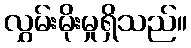
လွှမ်းမိုးမှုရှိသည်။